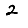
Digit: 2